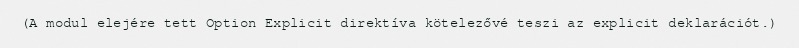
(A modul elejére tett Option Explicit direktíva kötelezővé teszi az explicit deklarációt.)